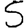
Digit: 5